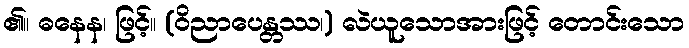
၏။ ဓနေန၊ ဖြင့်။ (ဝိညာပေန္တဿ၊) လဲယူသောအားဖြင့် တောင်းသော